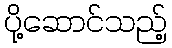
ပို့ဆောင်သည့်